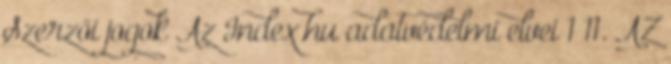
Szerzői jogok Az Index.hu adatvédelmi elvei 1 11. AZ